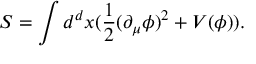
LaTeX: S = \int d ^ { d } x ( \frac { 1 } { 2 } ( \partial _ { \mu } \phi ) ^ { 2 } + V ( \phi ) ) .